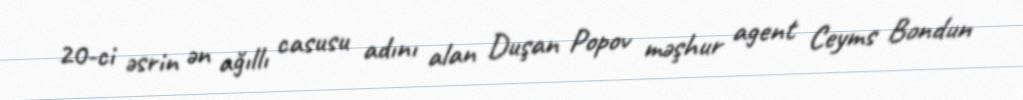
20-ci əsrin ən ağıllı casusu adını alan Duşan Popov məşhur agent Ceyms Bondun